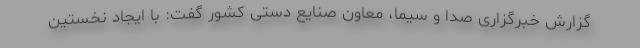
گزارش خبرگزاری صدا و سیما، معاون صنایع دستی کشور گفت: با ایجاد نخستین